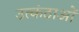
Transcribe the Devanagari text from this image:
उत्कंठाओं